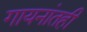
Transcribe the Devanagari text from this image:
गायनांतही